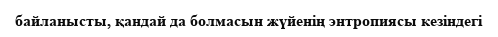
байланысты, қандай да болмасын жүйенің энтропиясы кезіндегі